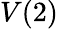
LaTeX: V(2)